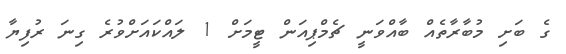
ގެ ބަށި މުބާރާތެއް ބާއްވަނީ ޗެމްޕިއަން ޓީމަށް 1 ލައްކައަށްވުރެ ގިނަ ރުފިޔާ